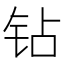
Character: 钻